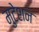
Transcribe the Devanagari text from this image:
मुटेशन